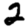
Digit: 2